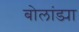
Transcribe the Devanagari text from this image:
बोलांड्या